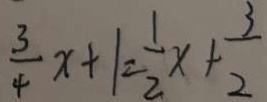
\frac { 3 } { 4 } x + 1 = \frac { 1 } { 2 } x + \frac { 3 } { 2 }